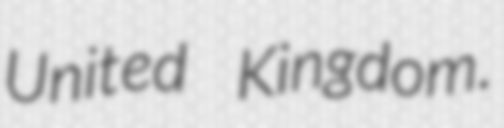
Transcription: United Kingdom.